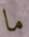
ما